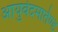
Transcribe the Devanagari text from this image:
आयुर्वेदमार्तण्ड